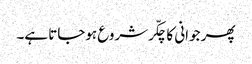
پھر جوانی کا چکّر شروع ہوجاتا ہے۔